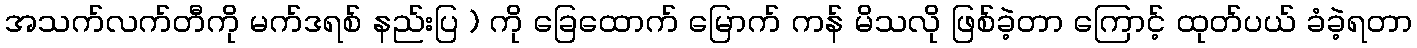
အသက်လက်တီကို မက်ဒရစ် နည်းပြ ) ကို ခြေထောက် မြောက် ကန် မိသလို ဖြစ်ခဲ့တာ ကြောင့် ထုတ်ပယ် ခံခဲ့ရတာ